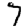
Digit: 7